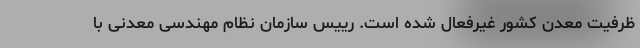
ظرفیت معدن کشور غیرفعال شده است. رییس سازمان نظام مهندسی معدنی با